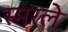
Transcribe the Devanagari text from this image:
स्मरले